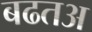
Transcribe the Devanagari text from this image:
बढतअ